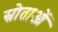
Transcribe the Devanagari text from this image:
स्रोताओं